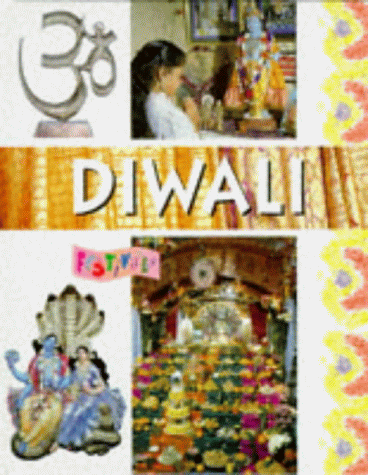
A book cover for Diwali (Festivals); Kerena Marchant; Children's Books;